Report on horse surra - Volume I
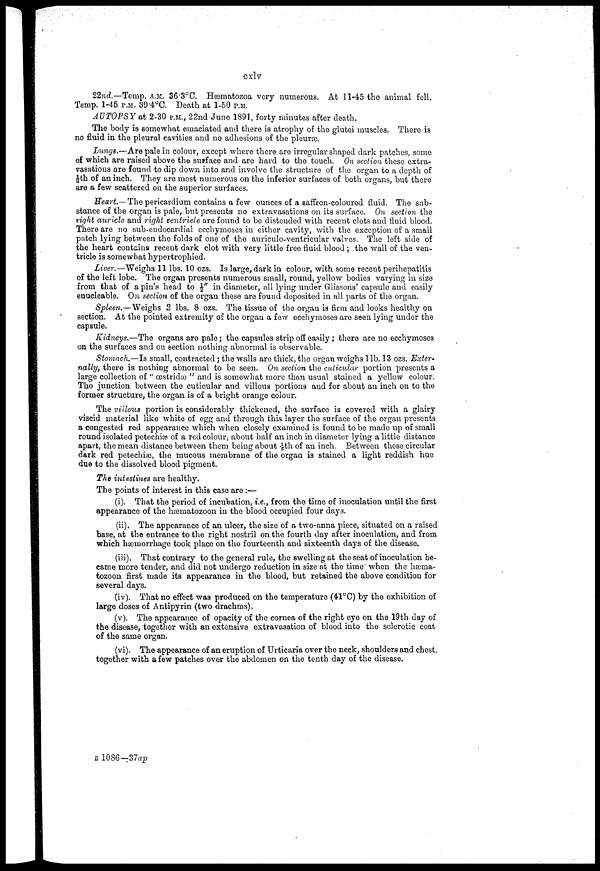
cxl v
22nd.— Temp. A.M. 36.3°C. Hæmatozoa very numerous. At 11-45 the animal fell.
Temp. 1-45 P.M. 39.4°C. Death at 1-50 P.M.
AUTOPSY ah 2-30 P.M., 22nd June 1891, forty minutes after death.
The body is somewhat emaciated and there is atrophy of the glutei muscles. There is
no fluid in the pleural cavities and no adhesions of the pleuræ.
Lungs,—Are pale in colour, except where there are irregular shaped dark patches, some
of which are raised above the surface and are hard to the touch. On section these extra-
vasations are found to dip down into and involve the structure of the organ to a depth of
1/8th of an inch. They are most numerous on the inferior surfaces of both organs, but there
are a few scattered on the superior surfaces.
Heart.— The pericardium contains a few ounces of a saffron-coloured fluid. The sub-
stance of the organ is pale, but presents no extravasations on its surface. On section the
right auricle and right ventricle are found to be distended with recent clots and fluid blood.
There are no sub-endocardial ecchymoses in either cavity, with the exception of a small
patch lying between the folds of one of the auriculo-ventricular valves. The left side of
the heart contains recent dark clot with very little free fluid blood; the wall of the ven-
tricle is somewhat hypertrophied.
Liver.—Weighs 11 lbs. 10 ozs. Is large, dark in colour, with some recent perihepatitis
of the left lobe. The organ presents numerous small, round, yellow bodies varying in size
from that of a pin's head to ½" in diameter, all lying under Glissons' capsule and easily
enucleable. On section of the organ these are found deposited in all parts of the organ.
Spleen.—Weighs 2 lbs. 8 ozs. The tissue of the organ is firm and looks healthy on
section. At the pointed extremity of the organ a few ecchymoses are seen lying under the
capsule.
Kidneys.—The organs are pale; the capsules strip off easily; there are no ecchymoses
on the surfaces and on section nothing abnormal is observable.
Stomach.—Is small, contracted ; the walls are thick, the organ weighs 1lb. 13 ozs. Exter-
nally, there is nothing abnormal to be seen. On section the cuticular portion presents a
large collection of " œstridæ " and is somewhat more than usual stained a yellow colour.
The junction between the cuticular and villous portions and for about an inch on to the
former structure, the organ is of a bright orange colour.
The villous portion is considerably thickened, the surface is covered with a glairy
viscid material like white of egg and through this layer the surface of the organ presents
a congested red appearance which when closely examined is found to be made up of small
round isolated petechiæ of a red colour, about half an inch in diameter lying a little distance
apart, the mean distance between them being about 1/5th of an inch. Between these circular
dark red petechias, the mucous membrane of the organ is stained a light reddish hue
due to the dissolved blood pigment.
The intestines are healthy.
The points of interest in this case are :—
(i). That the period of incubation, i.e., from the time of inoculation until the first
appearance of the hæmatozoon in the blood occupied four days.
(ii). The appearance of an ulcer, the size of a two-anna piece, situated on a raised
base, at the entrance to the right nostril on the fourth day after inoculation, and from
which hæmorrhage took place on the fourteenth and sixteenth days of the disease.
(iii). That contrary to the general rule, the swelling at the seat of inoculation be-
came more tender, and did not undergo reduction in size at the time' when the hæma-
tozoon first made its appearance in the blood, but retained the above condition for
several days.
(iv). That no effect was produced on the temperature (41°C) by the exhibition of
large doses of Antipyrin (two drachms).
(v). The appearance of opacity of the cornea of the right eye on the 19th day of
the disease, together with an extensive extravasation of blood into the sclerotic coat
of the same organ.
(vi). The appearance of an eruption of Urticaria over the neck, shoulders and chest,
together with a few patches over the abdomen on the tenth day of the disease.
B 1086—37ap